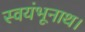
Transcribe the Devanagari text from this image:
स्वयंभूनाथ।